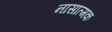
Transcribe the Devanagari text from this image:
नासात्मक